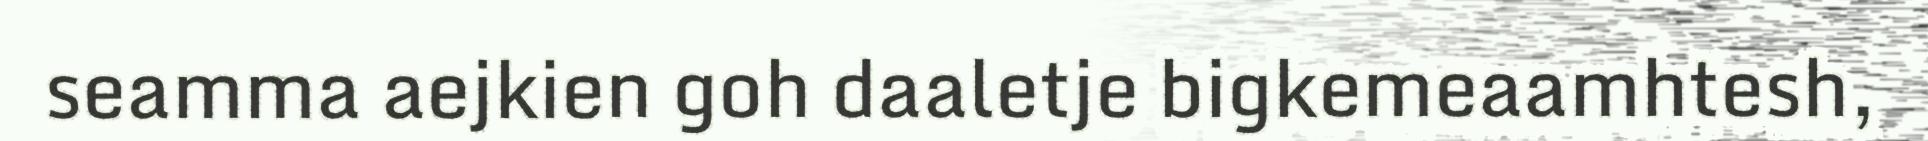
seamma aejkien goh daaletje bigkemeaamhtesh,